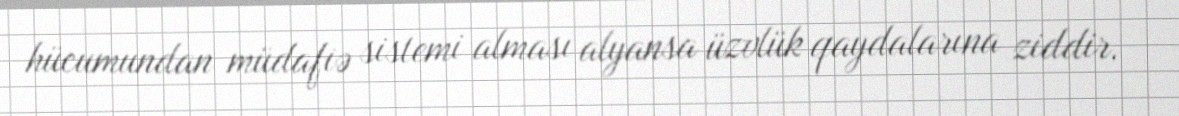
hücumundan müdafiə sistemi alması alyansa üzvlük qaydalarına ziddir.